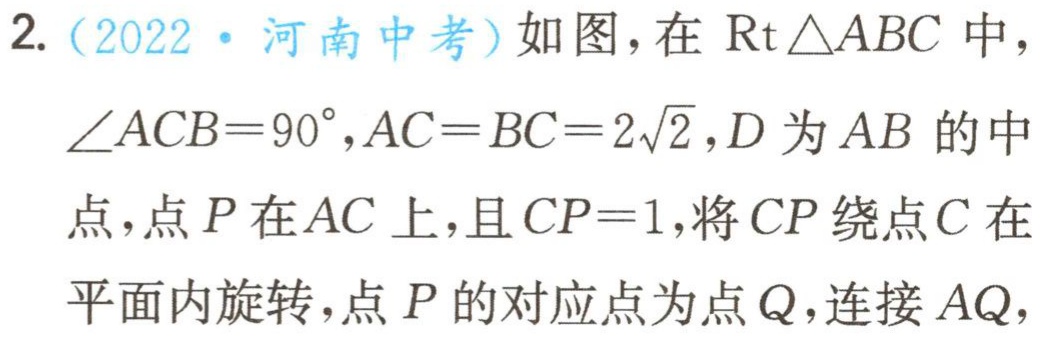
2.（2022·河南中考）如图，在$\text{Rt}\triangle ABC$中，$\angle ACB = 90^{\circ},AC = BC = 2\sqrt{2},D$为$AB$的中点，点$P$在$AC$上，且$CP = 1$，将$CP$绕点$C$在平面内旋转，点$P$的对应点为点$Q$，连接$AQ$，